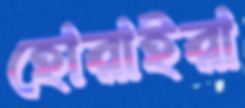
হোরাইরা